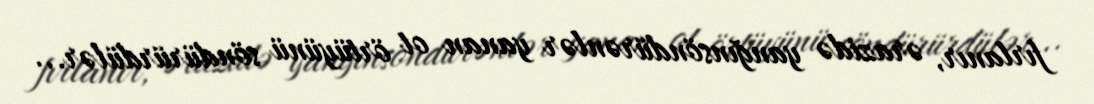
fırlanır, ərazidə yanğınsöndürənlər yanan ot örtüyünü söndürürdülər...